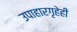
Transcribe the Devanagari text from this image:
उपाहारगृहेही